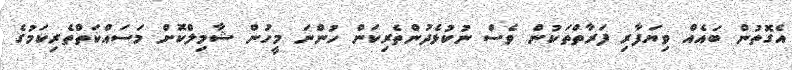
އެގޮތުން ބައެއް ވިޔަފާރި ފަރާތްތަކުން ވެސް ނުކުޅެދުންތެރިކަން ހުންނަ މީހުން ޝާމިލްކޮށް މަސައްކަތްތެރިކަމުގެ